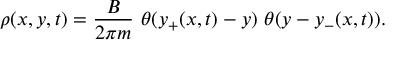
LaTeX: \rho ( x , y , t ) = { \frac { B } { 2 \pi m } } \ \theta ( y _ { + } ( x , t ) - y ) \ \theta ( y - y _ { - } ( x , t ) ) .